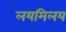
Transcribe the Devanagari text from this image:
लयमिलय